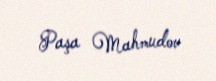
Paşa Mahmudov